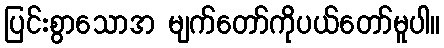
ပြင်းစွာသောအ မျက်တော်ကိုပယ်တော်မူပါ။